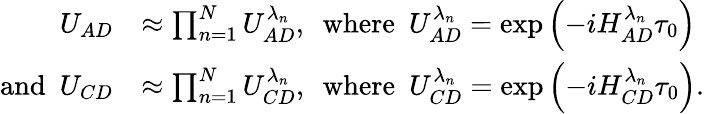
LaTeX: \begin{array}{rl}{U_{AD}}&{\approx\prod_{n=1}^{N}U_{AD}^{\lambda_{n}},~~\mathrm{where}~~U_{AD}^{\lambda_{n}}=\exp\left(-iH_{AD}^{\lambda_{n}}\tau_{0}\right)}\\ {\mathrm{and}~~U_{CD}}&{\approx\prod_{n=1}^{N}U_{CD}^{\lambda_{n}},~~\mathrm{where}~~U_{CD}^{\lambda_{n}}=\exp\left(-iH_{CD}^{\lambda_{n}}\tau_{0}\right).}\end{array}